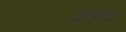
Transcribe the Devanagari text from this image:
गफेरिया